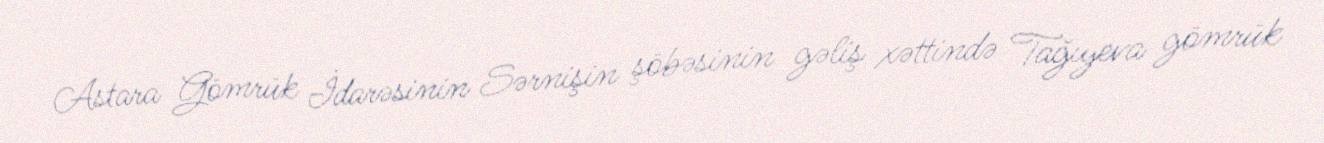
Astara Gömrük İdarəsinin Sərnişin şöbəsinin gəliş xəttində Tağıyeva gömrük